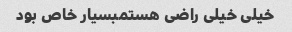
خیلی خیلی راضی هستمبسیار خاص بود